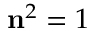
\mathbf { n } ^ { 2 } = 1